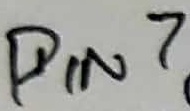
Text: PIN7